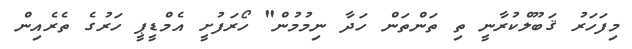
މިފަހަރު ޤަބޫލްކުރާނީ ތި ތަންތަން ހަދާ ނިމުމުން" ހޯރަފުށީ އެމްޑީޕީ ހަރުގެ ތެރެއިން